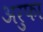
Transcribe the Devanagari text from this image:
अरुफा